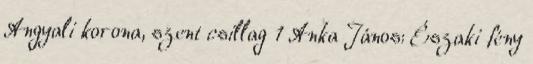
Angyali korona, szent csillag 1 Anka János: Északi fény